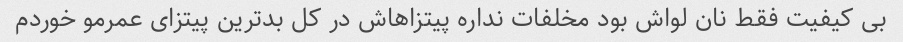
بی کیفیت فقط نان لواش بود مخلفات نداره پیتزاهاش در کل بدترین پیتزای عمرمو خوردم